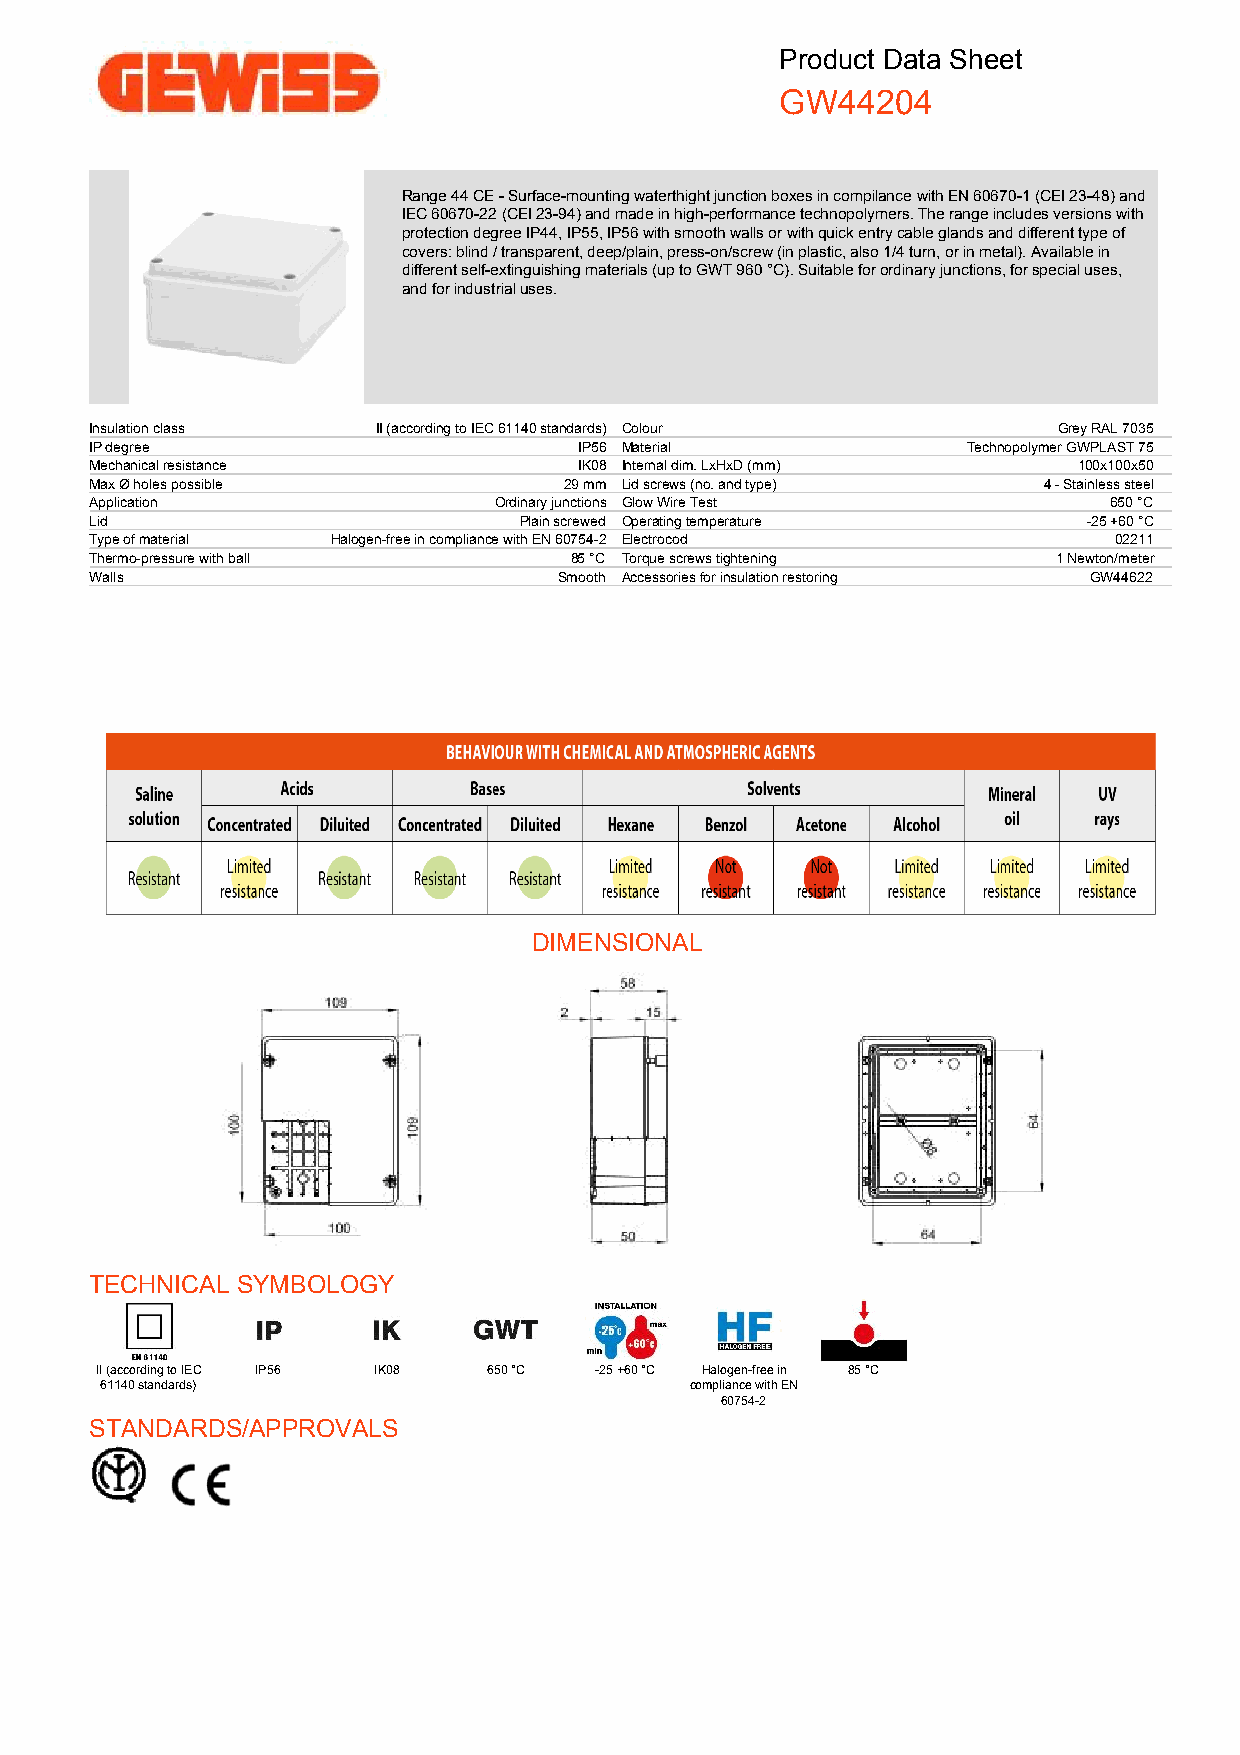
Product Data Sheet
 GW44204
 Range 44 CE - Surface-mounting waterthight junction boxes in compilance with EN 60670-1 (CEI 23-48) and
 IEC 60670-22 (CEI 23-94) and made in high-performance technopolymers. The range includes versions with
 protection degree IP44, IP55, IP56 with smooth walls or with quick entry cable glands and different type of
 covers: blind / transparent, deep/plain, press-on/screw (in plastic, also 1/4 turn, or in metal). Available in
 different self-extinguishing materials (up to GWT 960 °C). Suitable for ordinary junctions, for special uses,
 and for industrial uses.
 Insulation class   II (according to IEC 61140 standards) Colour Grey RAL 7035
 IP degree                       IP56 Material             Technopolymer GWPLAST 75
 Mechanical resistance           IK08 Internal dim. LxHxD (mm)    100x100x50
 Max Ø holes possible           29 mm Lid screws (no. and type) 4 - Stainless steel
 Application                Ordinary junctions Glow Wire Test       650 °C
 Lid                         Plain screwed Operating temperature   -25 +60 °C
 Type of material Halogen-free in compliance with EN 60754-2 Electrocod 02211
 Thermo-pressure with ball       85 °C Torque screws tightening  1 Newton/meter
 Walls                          Smooth Accessories for insulation restoring GW44622
 DIMENSIONAL
 TECHNICAL SYMBOLOGY
 II (according to IEC IP56 IK08 650 °C -25 +60 °C Halogen-free in 85 °C
 61140 standards)                       compliance with EN
 60754-2
 STANDARDS/APPROVALS